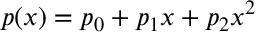
p ( x ) = p _ { 0 } + p _ { 1 } x + p _ { 2 } x ^ { 2 }